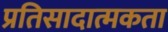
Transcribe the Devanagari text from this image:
प्रतिसादात्मकता